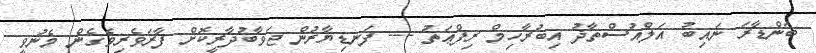
ބަންޑާރަ ނައިބު އަލްއުސްތާޛު އިބުރާހިމް ރިފްޢަތު --- ފަނޑިޔާރުން ޖަވާބުދާރީކޮށް ފާރަވެރިވެގެން މެނުވީ